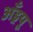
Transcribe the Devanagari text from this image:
अँड्रयू